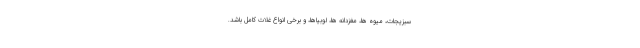
سبزیجات، میوه ها، مغزدانه ها، لوبیاها، و برخی انواع غلات کامل باشد.